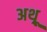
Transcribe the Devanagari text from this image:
अथ़्रू